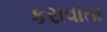
કરાવાતા